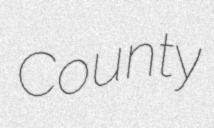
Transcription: County